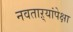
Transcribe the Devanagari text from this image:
नवताऱ्यांपेक्षा